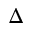
\Delta